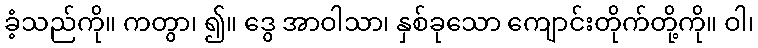
ခံ့သည်ကို။ ကတွာ၊ ၍။ ဒွေ အာဝါသာ၊ နှစ်ခုသော ကျောင်းတိုက်တို့ကို။ ဝါ၊